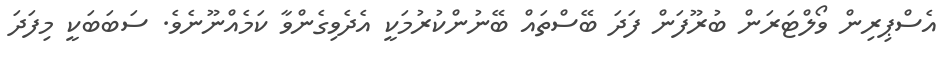
އެސްޕިރިން ވޯލްޓަރަން ބުރޫފަން ފަދަ ބޭސްތައް ބޭނުންކުރުމަކީ އެދެވިގެންވާ ކަމެއްނޫނެވެ. ސަބަބަކީ މިފަދަ